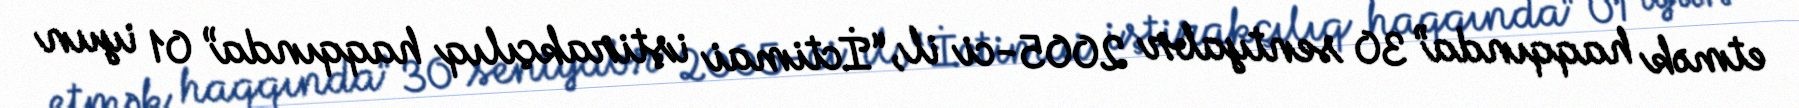
etmək haqqında” 30 sentyabr 2005-ci il, “İctimai iştirakçılıq haqqında” 01 iyun